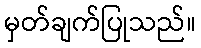
မှတ်ချက်ပြုသည်။